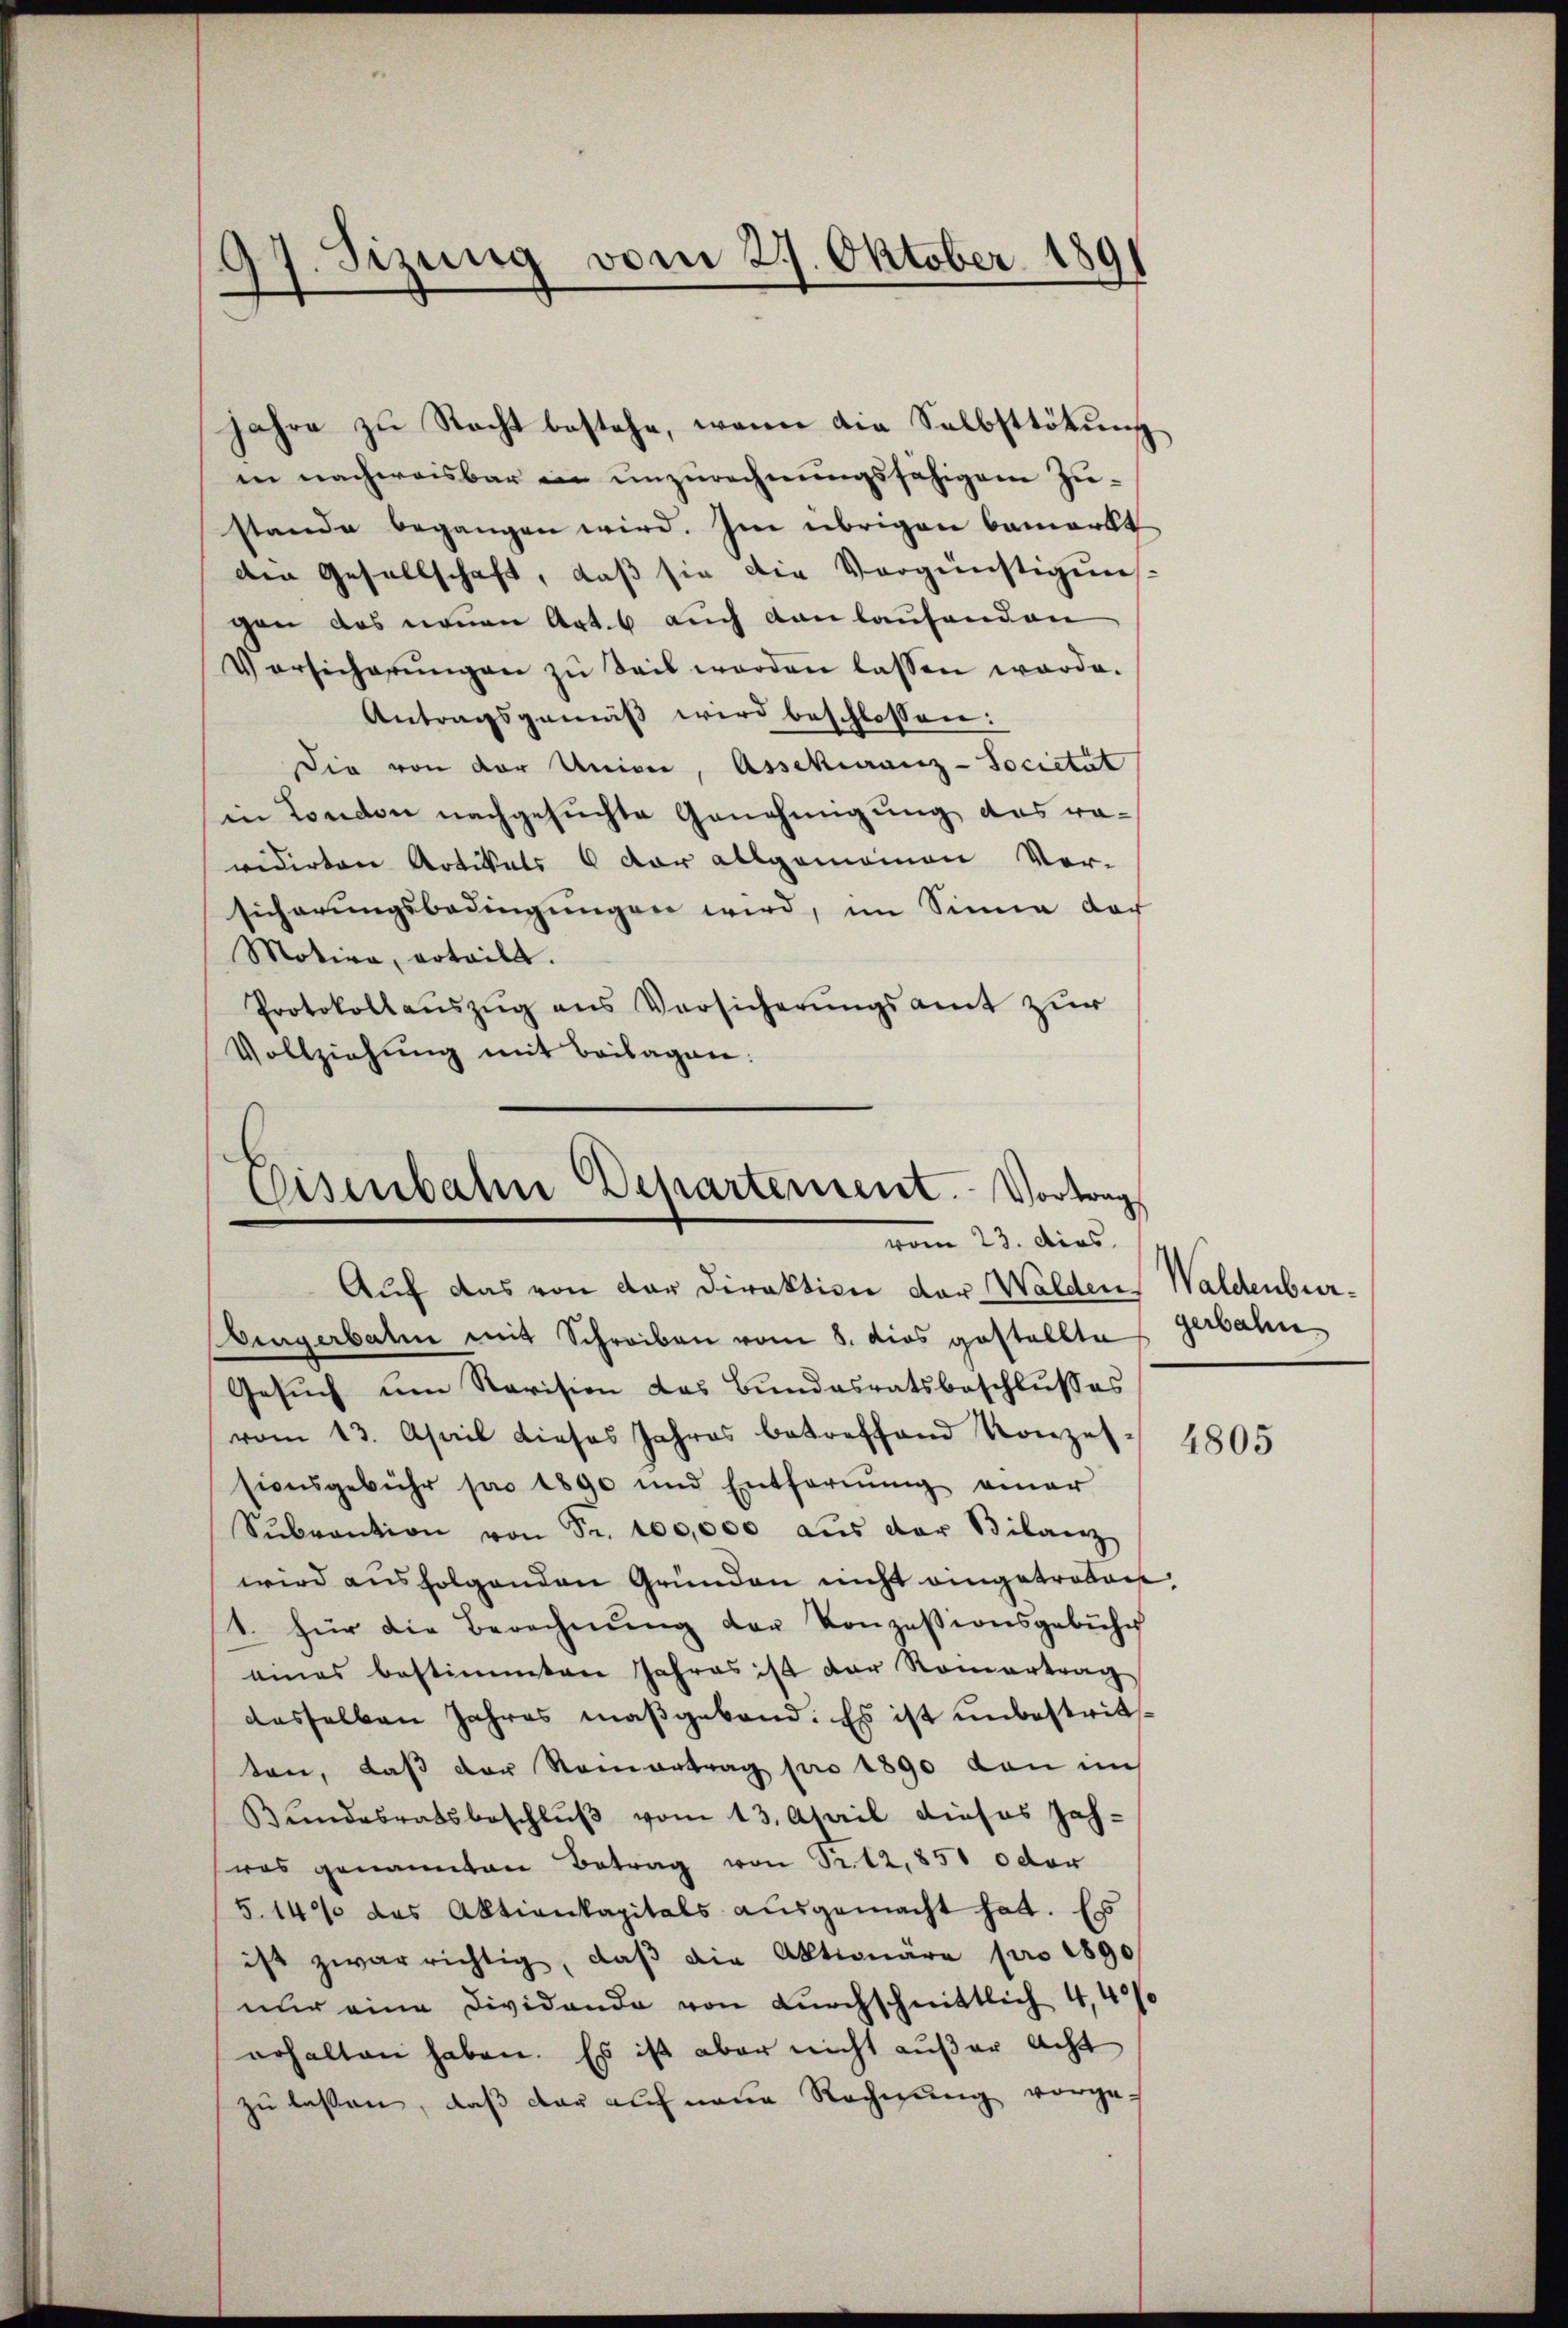
Jahre zu Nacht bestehe, wenn die Selbsttötung
in nachweisbar in unzurechnungsfähigem Zustande begangen wird. Im übrigen bemerkt
den Gesellschaft, daß sie die Vergünstigens-
gen das neuen Art. 6 auch dan laufenden
Versicherŭngen zu Seit werden lassen werde.
Antragsgemäß wird beschlossen:
Die von der Univer, Assekuranz-Societät
in London nachgesuchte Genehmigung des ravidirten Artikels 6 der allgemeinen Ver-
sicherungsbedingungen wird, im Sinne der
Motive, erteilt.
Protokollaŭszŭg ans Versicherŭngsamt zur
Vollziehung mit Beilagen:

17. Sizung vom 21. Oktober 189

Eisenbahn Departement. Vortrag
vom 23. dies

Auf das von der Direktion der Walden Waldenburingerbaten mit Schreiben vom 8. dies gestellte
Gesuch um Revision das Bundesratsbeschlusses
vom 13. April dieses Jahres betreffend Konzessionsgebühr pro 1890 und Entfernŭng einer
Sŭbvention von Fr. 100,000 aus der Bilanz
wird ausfolgenden Gründen nicht eingetreten,
1. für die Berechnŭng der Konzessionsgebühr
eines bestimmten Jahres ist der Romertrag
desselben Jahres maßgebend. Es ist unbestritten, daß der Reinertrag pro 1890 von im
Bŭndesratsbeschlŭβ vom 13. April dieses Jah-
was genannten Betrag von Sr. 12,850 oder
5.14/ das Aktienkapitals ausgemacht hat. Es
ist zwar richtig, daβ die Aktionäre pro 1890
nur eine Dividande von durchschnittlich 4,40%
erhalten haben. Es ist aber nicht außer acht
zu lassen, daß der auf neue Rechnung vorge-

gerbahn

4805